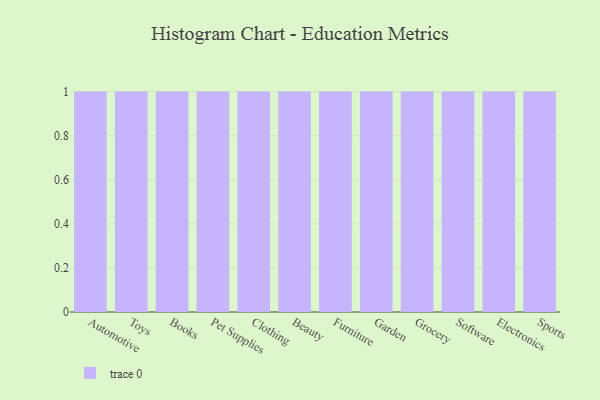
{"axis": {"x": "Category", "y": "Satisfaction Score"}, "legend": [""], "data": [{"x": "Automotive", "y": 47, "type": ""}, {"x": "Toys", "y": 46, "type": ""}, {"x": "Books", "y": 50, "type": ""}, {"x": "Pet Supplies", "y": 15, "type": ""}, {"x": "Clothing", "y": 43, "type": ""}, {"x": "Beauty", "y": 42, "type": ""}, {"x": "Furniture", "y": 57, "type": ""}, {"x": "Garden", "y": 47, "type": ""}, {"x": "Grocery", "y": 93, "type": ""}, {"x": "Software", "y": 52, "type": ""}, {"x": "Electronics", "y": 22, "type": ""}, {"x": "Sports", "y": 18, "type": ""}]}